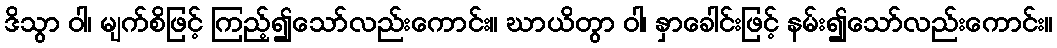
ဒိသွာ ဝါ၊ မျက်စိဖြင့် ကြည့်၍သော်လည်းကောင်း။ ဃာယိတွာ ဝါ၊ နှာခေါင်းဖြင့် နမ်း၍သော်လည်းကောင်း။